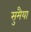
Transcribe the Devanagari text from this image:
सुमैया